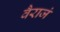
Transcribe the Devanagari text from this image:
वैराजं